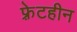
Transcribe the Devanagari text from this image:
फ़्रेटहीन